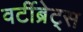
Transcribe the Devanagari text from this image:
वर्टीब्रेट्स